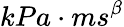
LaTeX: kPa\cdot ms^{\beta}